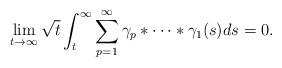
LaTeX: \begin{align*}\lim_{t\rightarrow\infty}\sqrt{t}\int_{t}^{\infty}\sum_{p=1}^{\infty}\gamma_{p}\ast\cdots\ast\gamma_{1}(s)ds=0.\end{align*}